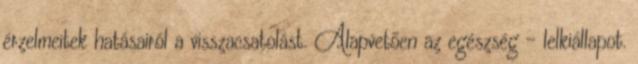
érzelmeitek hatásairól a visszacsatolást. Alapvetően az egészség - lelkiállapot.